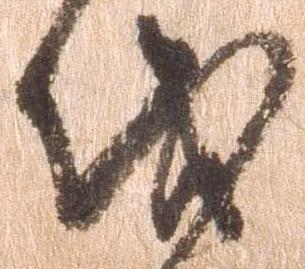
伐